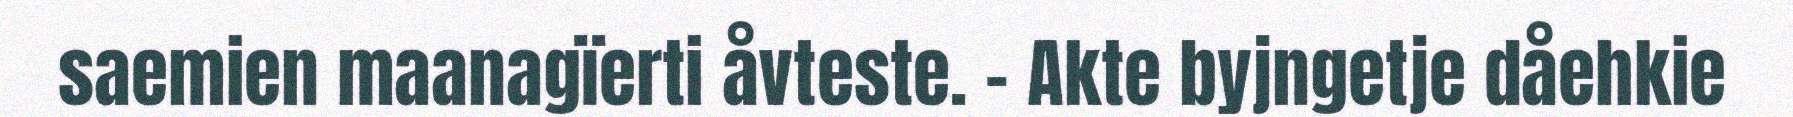
saemien maanagïerti åvteste. - Akte byjngetje dåehkie